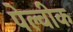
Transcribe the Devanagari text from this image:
पेल्वीक